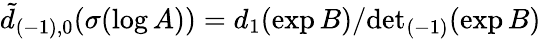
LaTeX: \tilde{d}_{(-1),0}(\sigma(\log A))=d_{1}(\exp B)/{\operatorname*{det}}_{(-1)}(\exp B)